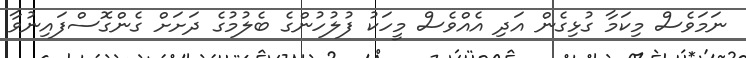
ނަމަވެސް މިކަމާ ގުޅިގެން އަދި އެއްވެސް މީހަކު ފުލުހުންގެ ބެލުމުގެ ދަށަށް ގެންގޮސްފައިނުވާ